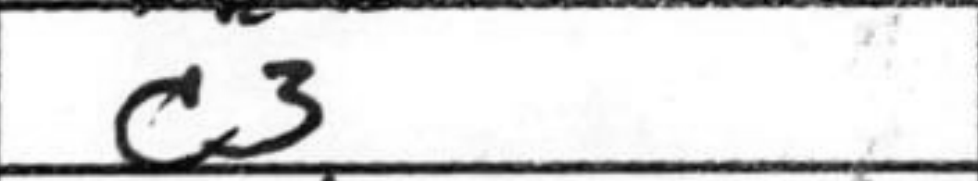
Transcription: c3